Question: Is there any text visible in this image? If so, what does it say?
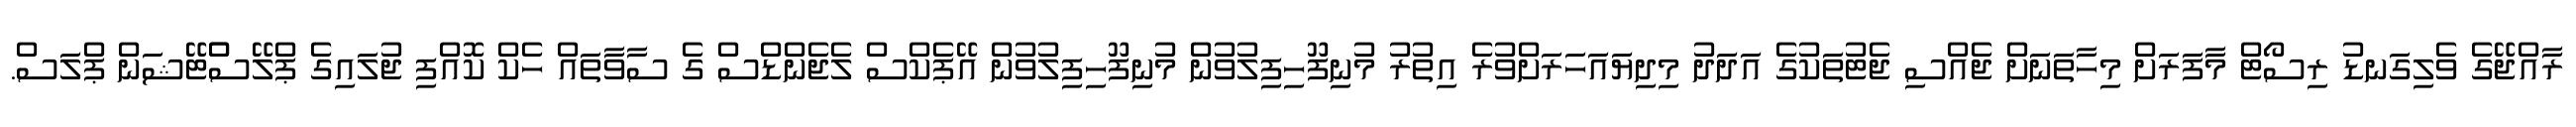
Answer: ރާއްޖޭގެ ވެލިގަނޑު ރިސޯޓް މާފަރަށް މިހާތަނަށް ޖެއްސި ޖެޓުތަކުގެ އަދަދު މިދިޔައަހަރަށްވުރެ އިތުރު މުނިފޫހިފިލުވުން މުނިފޫހިފިލުވުން އޭޕެކްސް ލެޖެންޑްސް ގެ ސާވާތައް ހެކް ކޮއްފި ޖުލައިގެ ޕްލޭސްްޓޭޝަން ޕްލަސް.